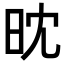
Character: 𣅟